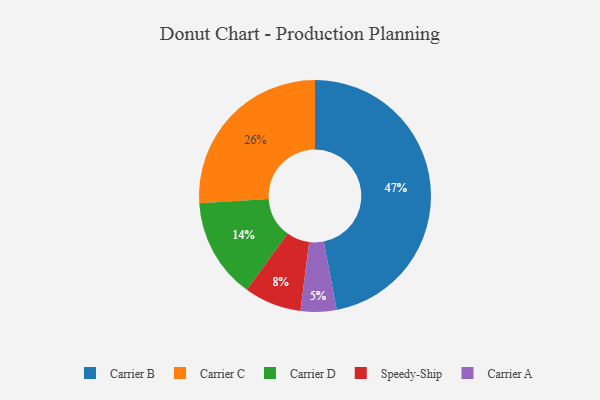
{"axis": {"x": "Category", "y": "Percentage"}, "legend": ["Carrier A", "Carrier B", "Carrier C", "Carrier D", "Speedy-Ship"], "data": [{"x": "Carrier D", "y": 14, "type": "Carrier D"}, {"x": "Carrier B", "y": 47, "type": "Carrier B"}, {"x": "Carrier C", "y": 26, "type": "Carrier C"}, {"x": "Carrier A", "y": 5, "type": "Carrier A"}, {"x": "Speedy-Ship", "y": 8, "type": "Speedy-Ship"}]}